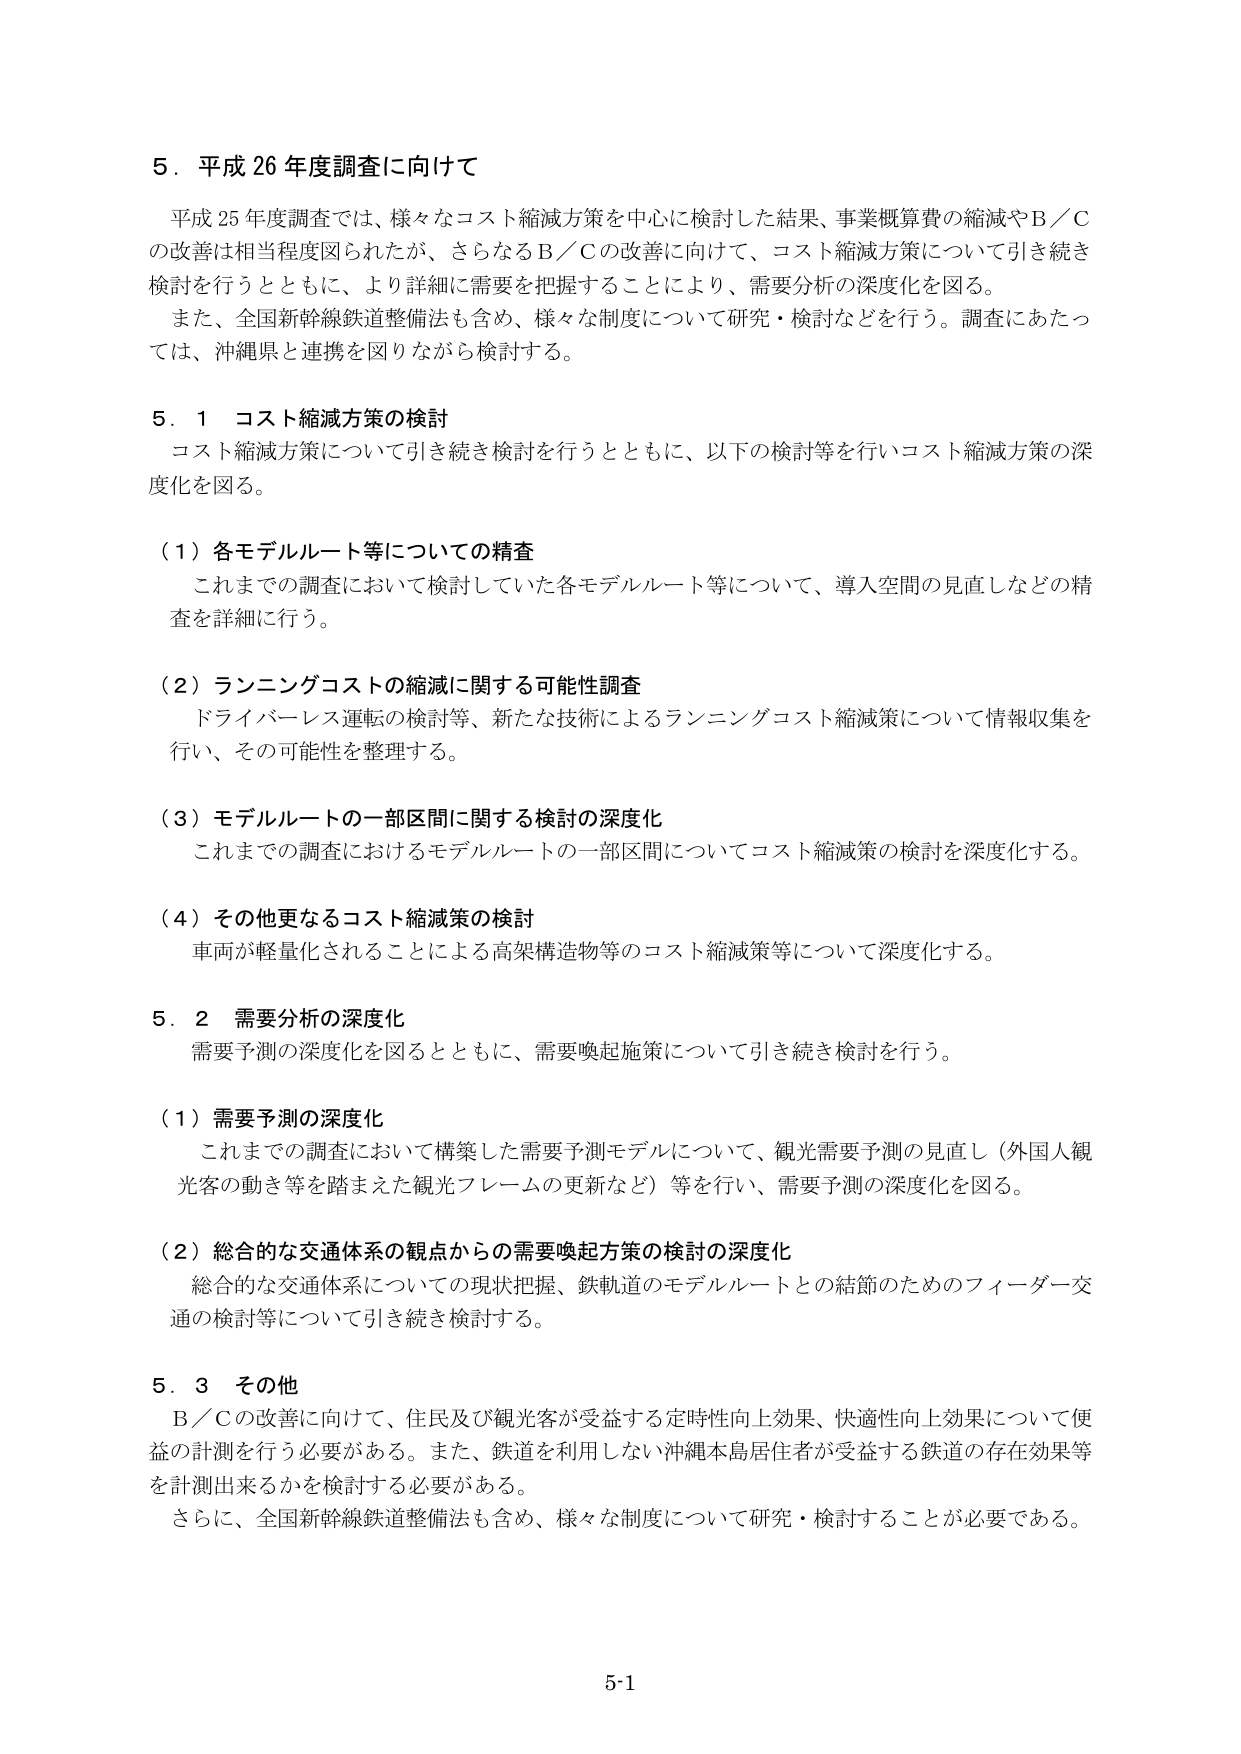
5．平成26年度調査に向けて

平成25年度調査では、様々なコスト縮減方策を中心に検討した結果、事業概算費の縮減やB／Cの改善は相当程度図られたが、さらなるB／Cの改善に向けて、コスト縮減方策について引き続き検討を行うとともに、より詳細に需要を把握することにより、需要分析の深度化を図る。
また、全国新幹線鉄道整備法も含め、様々な制度について研究・検討などを行う。調査にあたっては、沖縄県と連携を図りながら検討する。

5．1 コスト縮減方策の検討
コスト縮減方策について引き続き検討を行うとともに、以下の検討等を行いコスト縮減方策の深度化を図る。

（1）各モデルルート等についての精査
これまでの調査において検討していた各モデルルート等について、導入空間の見直しなどの精査を詳細に行う。

（2）ランニングコストの縮減に関する可能性調査
ドライバーレス運転の検討等、新たな技術によるランニングコスト縮減策について情報収集を行い、その可能性を整理する。

（3）モデルルートの一部区間に関する検討の深度化
これまでの調査におけるモデルルートの一部区間についてコスト縮減策の検討を深度化する。

（4）その他更なるコスト縮減策の検討
車両が軽量化されることによる高架構造物等のコスト縮減策等について深度化する。

5．2 需要分析の深度化
需要予測の深度化を図るとともに、需要喚起施策について引き続き検討を行う。

（1）需要予測の深度化
これまでの調査において構築した需要予測モデルについて、観光需要予測の見直し（外国人観光客の動き等を踏まえた観光フレームの更新など）等を行い、需要予測の深度化を図る。

（2）総合的な交通体系の観点からの需要喚起方策の検討の深度化
総合的な交通体系についての現状把握、鉄軌道のモデルルートとの結節のためのフィーダー交通の検討等について引き続き検討する。

5．3 その他
B／Cの改善に向けて、住民及び観光客が受益する定時性向上効果、快適性向上効果について便益の計測を行う必要がある。また、鉄道を利用しない沖縄本島居住者が受益する鉄道の存在効果等を計測出来るかを検討する必要がある。
さらに、全国新幹線鉄道整備法も含め、様々な制度について研究・検討することが必要である。

5-1